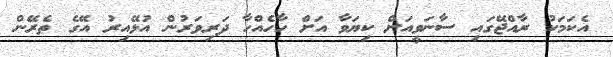
އެކަމަކު ރާއްޖޭގައި ސާނަވީއަށް ކިޔަވާ އަށް ހާހެއްހާ ދަރިވަރުން އުޅޭއިރު އޭގެ ތެރޭން